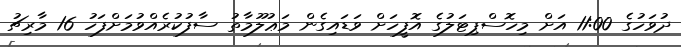
ދުވަހުގެ 11:00 އަށް މިހޮސްޕިޓަލުގެ އޮފީހަށް ވަޑައިގެން މަޢުލޫމާތު ސާފުކުރެއްވުމަށްފަހު 16 މާރިޗު